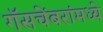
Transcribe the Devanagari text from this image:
गॅसचेंबरांमध्ये